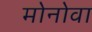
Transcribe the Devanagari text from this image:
मोनोवा